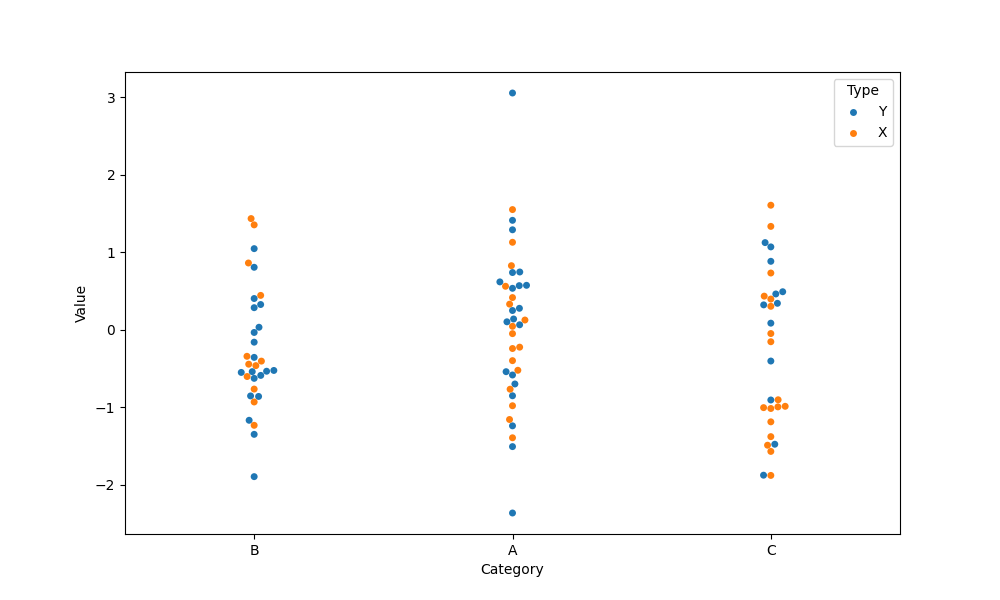
python, seaborn, swarmplot, dodge=False, alpha=1.0, size=5